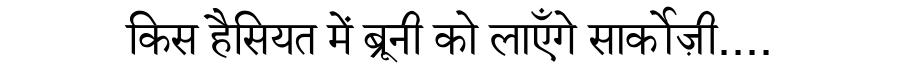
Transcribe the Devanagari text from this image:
किस हैसियत में ब्रूनी को लाएँगे सार्कोज़ी....